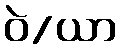
ဝဲ/ယာ